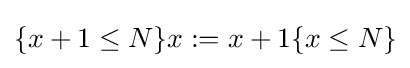
\{x+1\leq N\}x:=x+1\{x\leq N\}